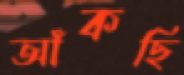
আঁকছি